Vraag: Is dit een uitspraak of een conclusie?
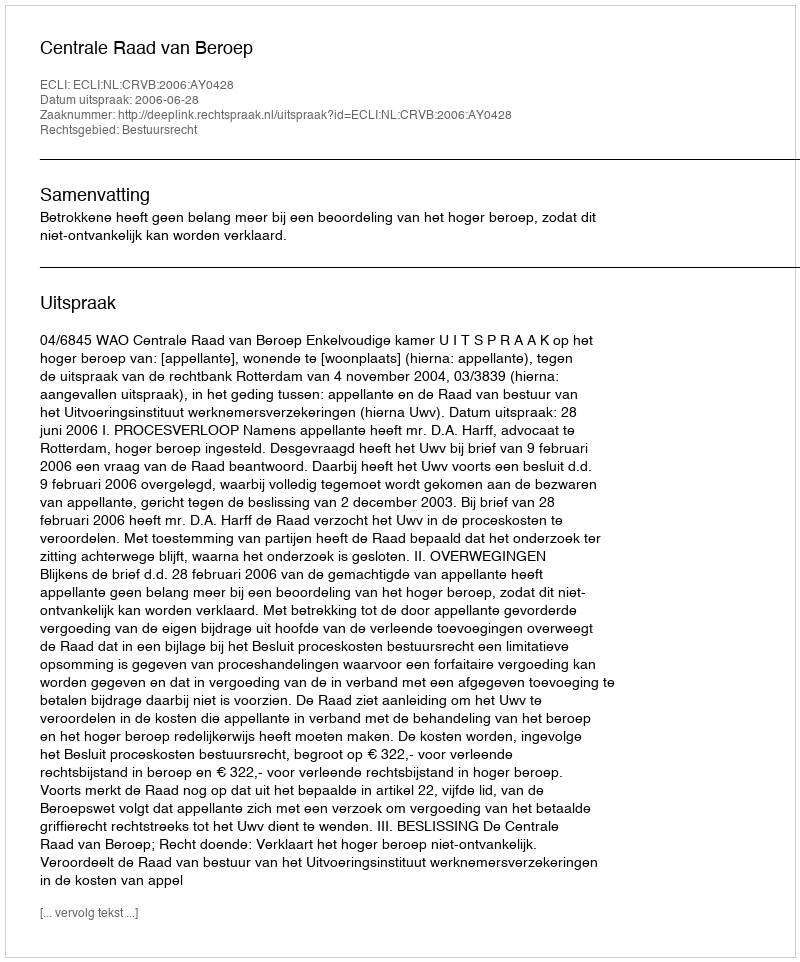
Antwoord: Uitspraak